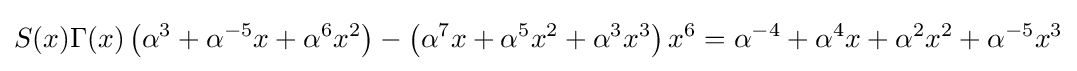
S(x)\Gamma (x)\left(\alpha ^{3}+\alpha ^{-5}x+\alpha ^{6}x^{2}\right)-\left(\alpha ^{7}x+\alpha ^{5}x^{2}+\alpha ^{3}x^{3}\right)x^{6}=\alpha ^{-4}+\alpha ^{4}x+\alpha ^{2}x^{2}+\alpha ^{-5}x^{3}